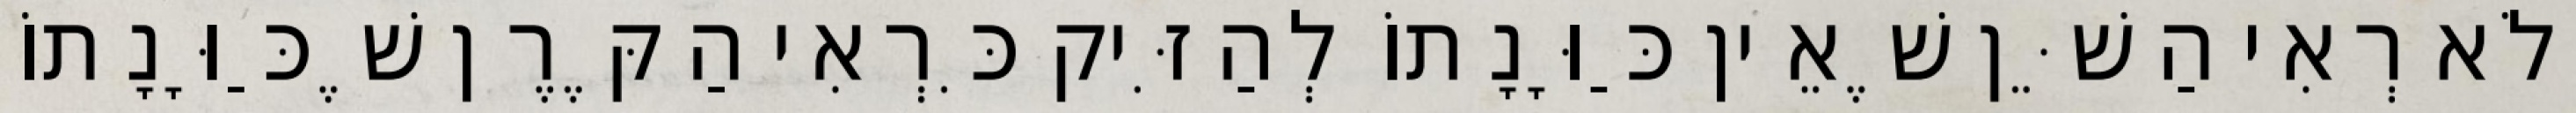
וְלֹא רְאִי הַשֵּׁן שֶׁאֵין כַּוָּנָתוֹ לְהַזִּיק כִּרְאִי הַקֶּרֶן שֶׁכַּוָּנָתוֹ